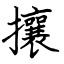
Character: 攘